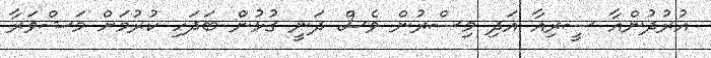
އުރުދުންއާ ސީރިއާ އަދި މިސްރުން ވެސް ދަނީ ގުޅުން ބަދަހި ކުރުމަށް މަޝްވަރާ